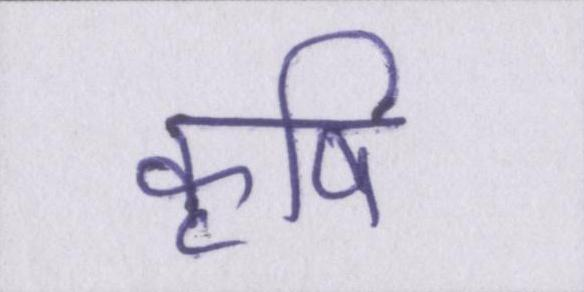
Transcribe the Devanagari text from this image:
कॄषि